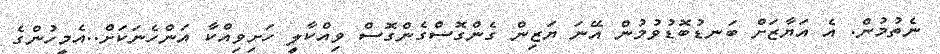
ނެތުމުން. އެ އަޔާޒަށް ބަނޑުބޮޑުވުމުން އޭނަ ޔަޒިން ގެންގޮސްގެންގޮސް ވިއްކާލީ ހަށިވިއްކާ އަންހެނަކަށް..އެމީހުންގެ